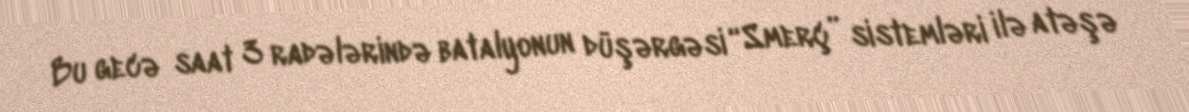
Bu gecə saat 3 radələrində batalyonun düşərgəsi “Smerç” sistemləri ilə atəşə